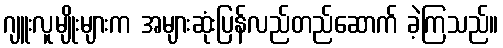
ဂျူးလူမျိုးများက အများဆုံးပြန်လည်တည်ဆောက် ခဲ့ကြသည်။